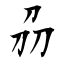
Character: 刕